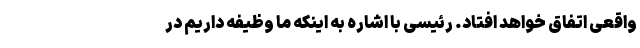
واقعی اتفاق خواهد افتاد. رئیسی با اشاره به اینکه ما وظیفه داریم در